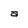
Character: a